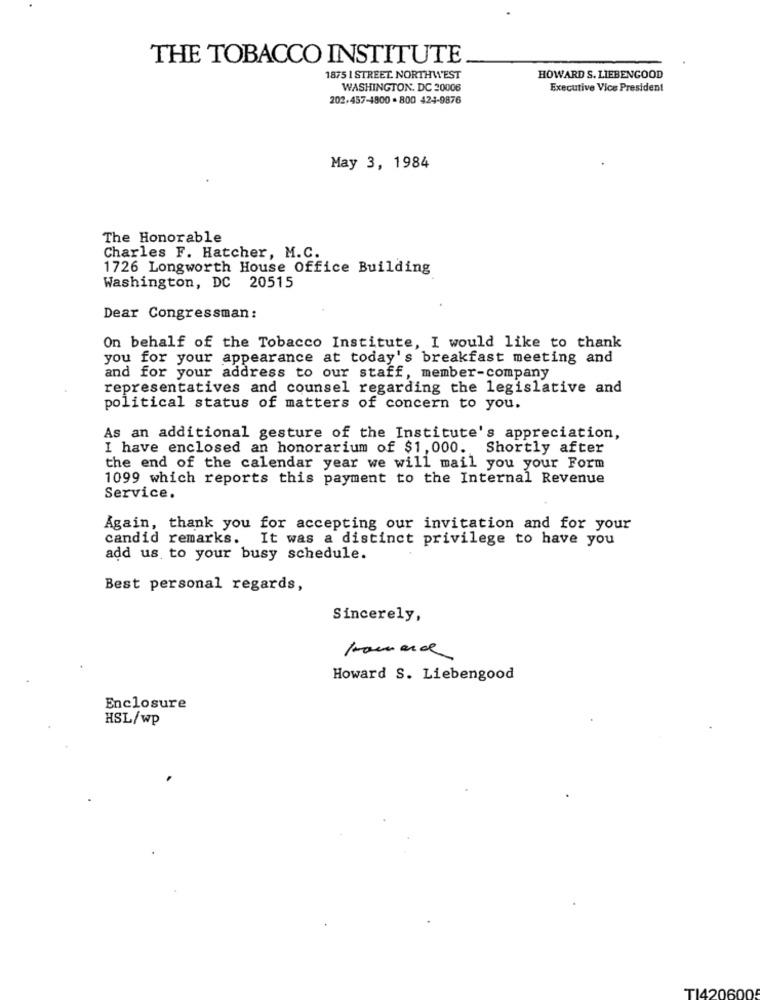
THE TOBACCO INSTITUTE
1875 1 STREET. NORTHWEST
HOWARD S. LIEBENGOOD
WASHINGTON, DC 20006
Executive Vice President
202,457-4800 - 800 424-9876
May 3, 1984
The Honorable
Charles F. Hatcher, M.C.
1726 Longworth House Office Building
Washington, DC 20515
Dear Congressman :
On behalf of the Tobacco Institute, I would like to thank
you for your appearance at today's breakfast meeting and
and for your address to our staff, member-company
representatives and counsel regarding the legislative and
political status of matters of concern to you.
As an additional gesture of the Institute's appreciation,
I have enclosed an honorarium of $1, 000. Shortly after
the end of the calendar year we will mail you your Form
1099 which reports this payment to the Internal Revenue
Service.
Again, thank you for accepting our invitation and for your
candid remarks. It was a distinct privilege to have you
add us to your busy schedule.
Best personal regards,
Sincerely,
Howard S. Liebengood
Enclosure
HSL/wp
TI420600